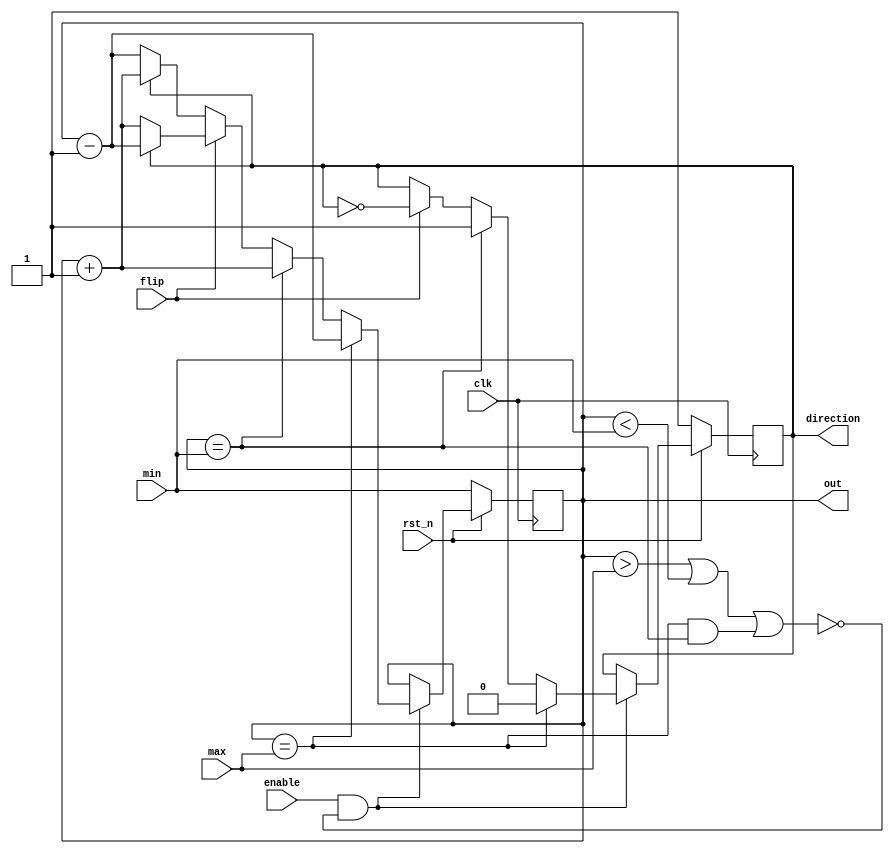
`timescale 1ns/1ps

module Parameterized_Ping_Pong_Counter (clk, rst_n, enable, flip, max, min, direction, out);
input clk, rst_n;
input enable;
input flip;
input [4-1:0] max;
input [4-1:0] min;
output direction;
output [4-1:0] out;
wire _enable;
reg direction;
reg [4-1:0] out;
assign _enable = enable && !(out > max || out < min || (out == max && out == min));
always @(posedge clk) begin
    if(!rst_n)begin
        out <= min;
        direction <= 1;
    end
    else begin
        if(_enable) begin
            if(out==max) begin
                out <= out - 1;
                direction <= 1'b0;
            end
            else if(out==min) begin
                out <= out + 1;
                direction <= 1'b1;
            end
            else if(flip) begin
                out <= (direction) ? out - 1 : out + 1;
                direction <= ~direction;
            end
            else begin
                out <= (direction) ? out + 1 : out - 1;
                direction <= direction;
            end
        end
        else begin
            out <= out;
            direction <= direction;
        end
    end
end
endmodule